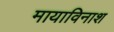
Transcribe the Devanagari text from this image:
मायाविनाश